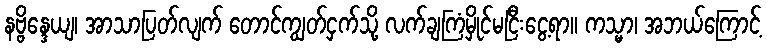
နဗ္ဗိန္ဒေယျ၊ အာသာပြတ်လျက် တောင်ကျွတ်ငှက်သို့ လက်ချကြံမှိုင်မငြီးငွေ့ရာ။ ကသ္မာ၊ အဘယ်ကြောင့်